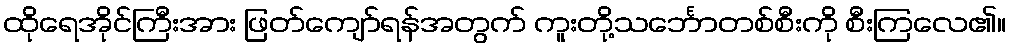
ထိုရေအိုင်ကြီးအား ဖြတ်ကျော်ရန်အတွက် ကူးတို့သင်္ဘောတစ်စီးကို စီးကြလေ၏။